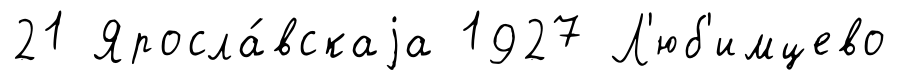
21 Яросла́вскаjа 1927 Л'юб'имцево